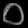
Digit: ၀